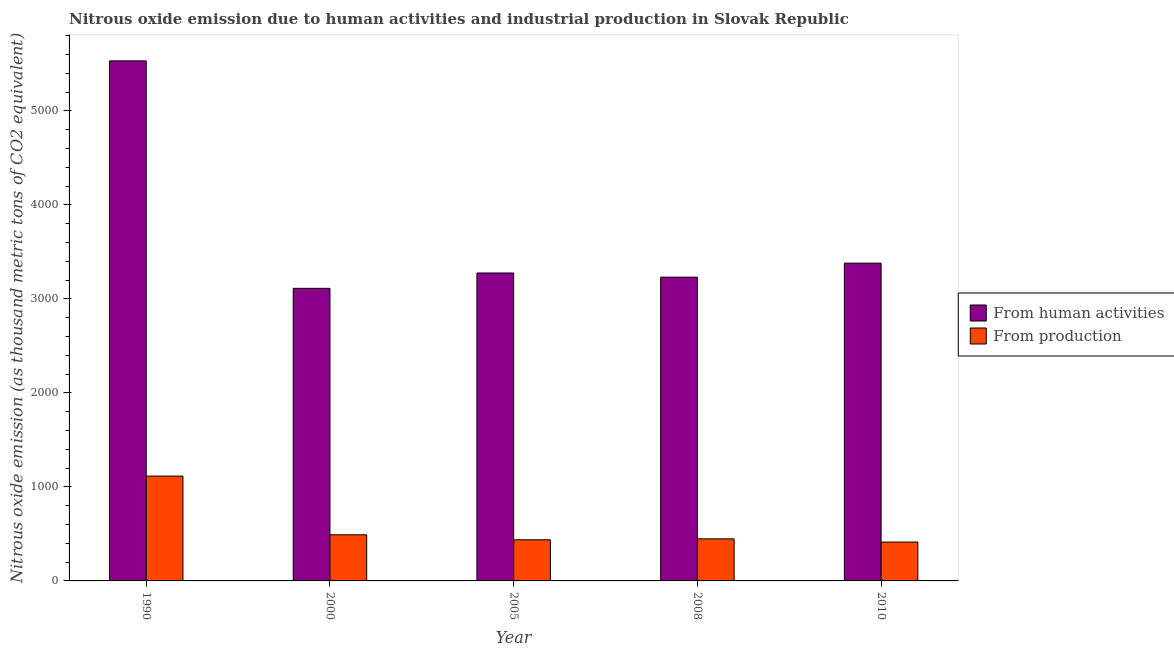
| Year | From human activities | From production |
 | --- | --- | --- |
 | 1990 | 5.53e+03 | 1.12e+03 |
 | 2000 | 3.11e+03 | 491 |
 | 2005 | 3.28e+03 | 438 |
 | 2008 | 3.23e+03 | 447 |
 | 2010 | 3.38e+03 | 414 |